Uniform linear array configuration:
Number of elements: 32
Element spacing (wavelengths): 0.5
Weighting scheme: cosine
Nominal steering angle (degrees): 60
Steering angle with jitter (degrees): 58.577
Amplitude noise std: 0.05
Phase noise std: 0.05

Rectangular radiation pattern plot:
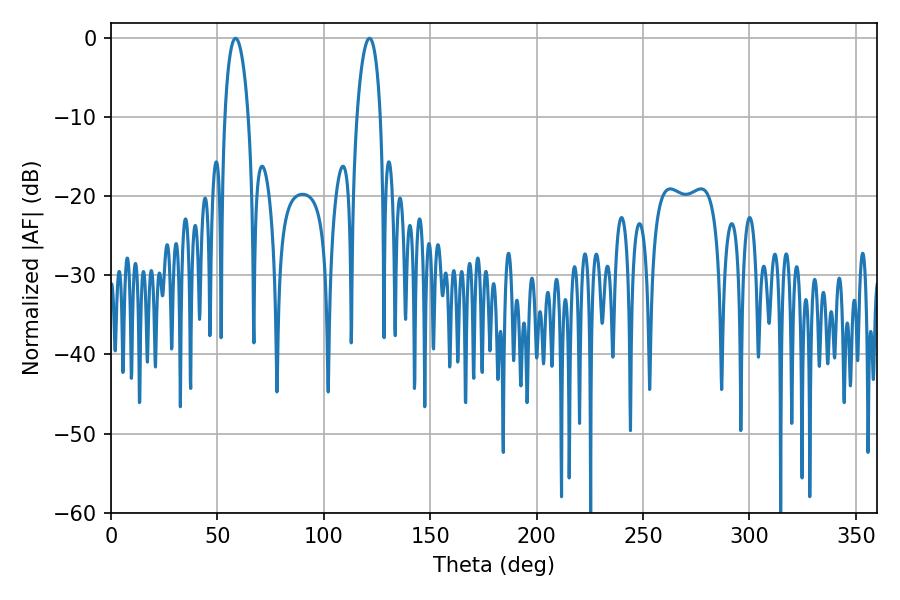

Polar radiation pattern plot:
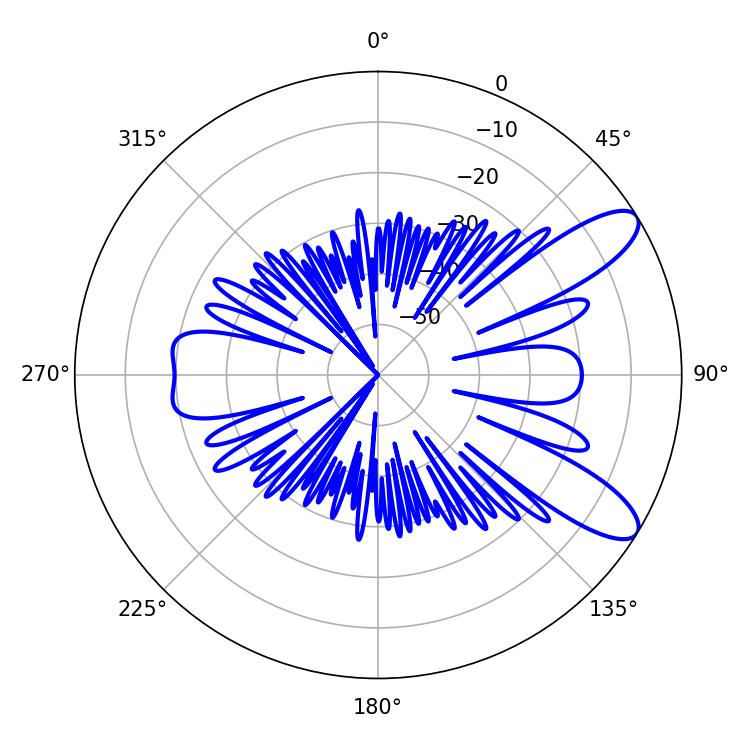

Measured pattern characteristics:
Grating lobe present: FALSE
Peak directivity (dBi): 9.986
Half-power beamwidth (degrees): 6.12
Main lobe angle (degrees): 58.5